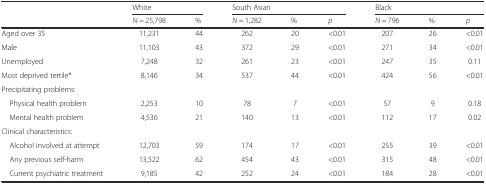
<table><thead><tr><td></td><td colspan="2"><b>White</b></td><td colspan="3"><b>South Asian</b></td><td colspan="3"><b>Black</b></td></tr><tr><td></td><td><b><i>N</i> = 25,798</b></td><td><b>%</b></td><td><b><i>N</i> = 1,282</b></td><td><b>%</b></td><td><b><i>p</i></b></td><td><b><i>N</i> = 796</b></td><td><b>%</b></td><td><b><i>p</i></b></td></tr></thead><tbody><tr><td>Aged over 35</td><td>11,231</td><td>44</td><td>262</td><td>20</td><td>&lt;0.01</td><td>207</td><td>26</td><td>&lt;0.01</td></tr><tr><td>Male</td><td>11,103</td><td>43</td><td>372</td><td>29</td><td>&lt;0.01</td><td>271</td><td>34</td><td>&lt;0.01</td></tr><tr><td>Unemployed</td><td>7,248</td><td>32</td><td>261</td><td>23</td><td>&lt;0.01</td><td>247</td><td>35</td><td>0.11</td></tr><tr><td>Most deprived tertile*</td><td>8,146</td><td>34</td><td>537</td><td>44</td><td>&lt;0.01</td><td>424</td><td>56</td><td>&lt;0.01</td></tr><tr><td>Precipitating problems:</td><td></td><td></td><td></td><td></td><td></td><td></td><td></td><td></td></tr><tr><td> Physical health problem</td><td>2,253</td><td>10</td><td>78</td><td>7</td><td>&lt;0.01</td><td>57</td><td>9</td><td>0.18</td></tr><tr><td> Mental health problem</td><td>4,536</td><td>21</td><td>140</td><td>13</td><td>&lt;0.01</td><td>112</td><td>17</td><td>0.02</td></tr><tr><td>Clinical characteristics:</td><td></td><td></td><td></td><td></td><td></td><td></td><td></td><td></td></tr><tr><td> Alcohol involved at attempt</td><td>12,703</td><td>59</td><td>174</td><td>17</td><td>&lt;0.01</td><td>255</td><td>39</td><td>&lt;0.01</td></tr><tr><td> Any previous self-harm</td><td>13,522</td><td>62</td><td>454</td><td>43</td><td>&lt;0.01</td><td>315</td><td>48</td><td>&lt;0.01</td></tr><tr><td> Current psychiatric treatment</td><td>9,185</td><td>42</td><td>252</td><td>24</td><td>&lt;0.01</td><td>184</td><td>28</td><td>&lt;0.01</td></tr></tbody></table>